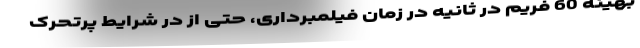
بهینه 60 فریم در ثانیه در زمان فیلمبرداری، حتی از در شرایط پرتحرک